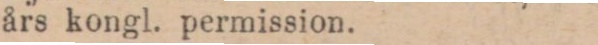
års kongl. permission.